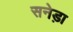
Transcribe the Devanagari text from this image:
सनेड़ा